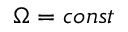
\Omega = c o n s t